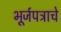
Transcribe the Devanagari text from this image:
भूर्जपत्राचे